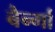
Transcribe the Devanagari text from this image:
बैर्न्गा